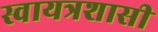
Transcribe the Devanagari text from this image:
स्वायत्रशासी